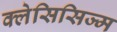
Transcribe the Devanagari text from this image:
क्लेसिसिज्म